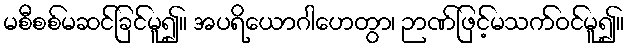
မစီစစ်မဆင်ခြင်မူ၍။ အပရိယောဂါဟေတွာ၊ ဉာဏ်ဖြင့်မသက်ဝင်မူ၍။